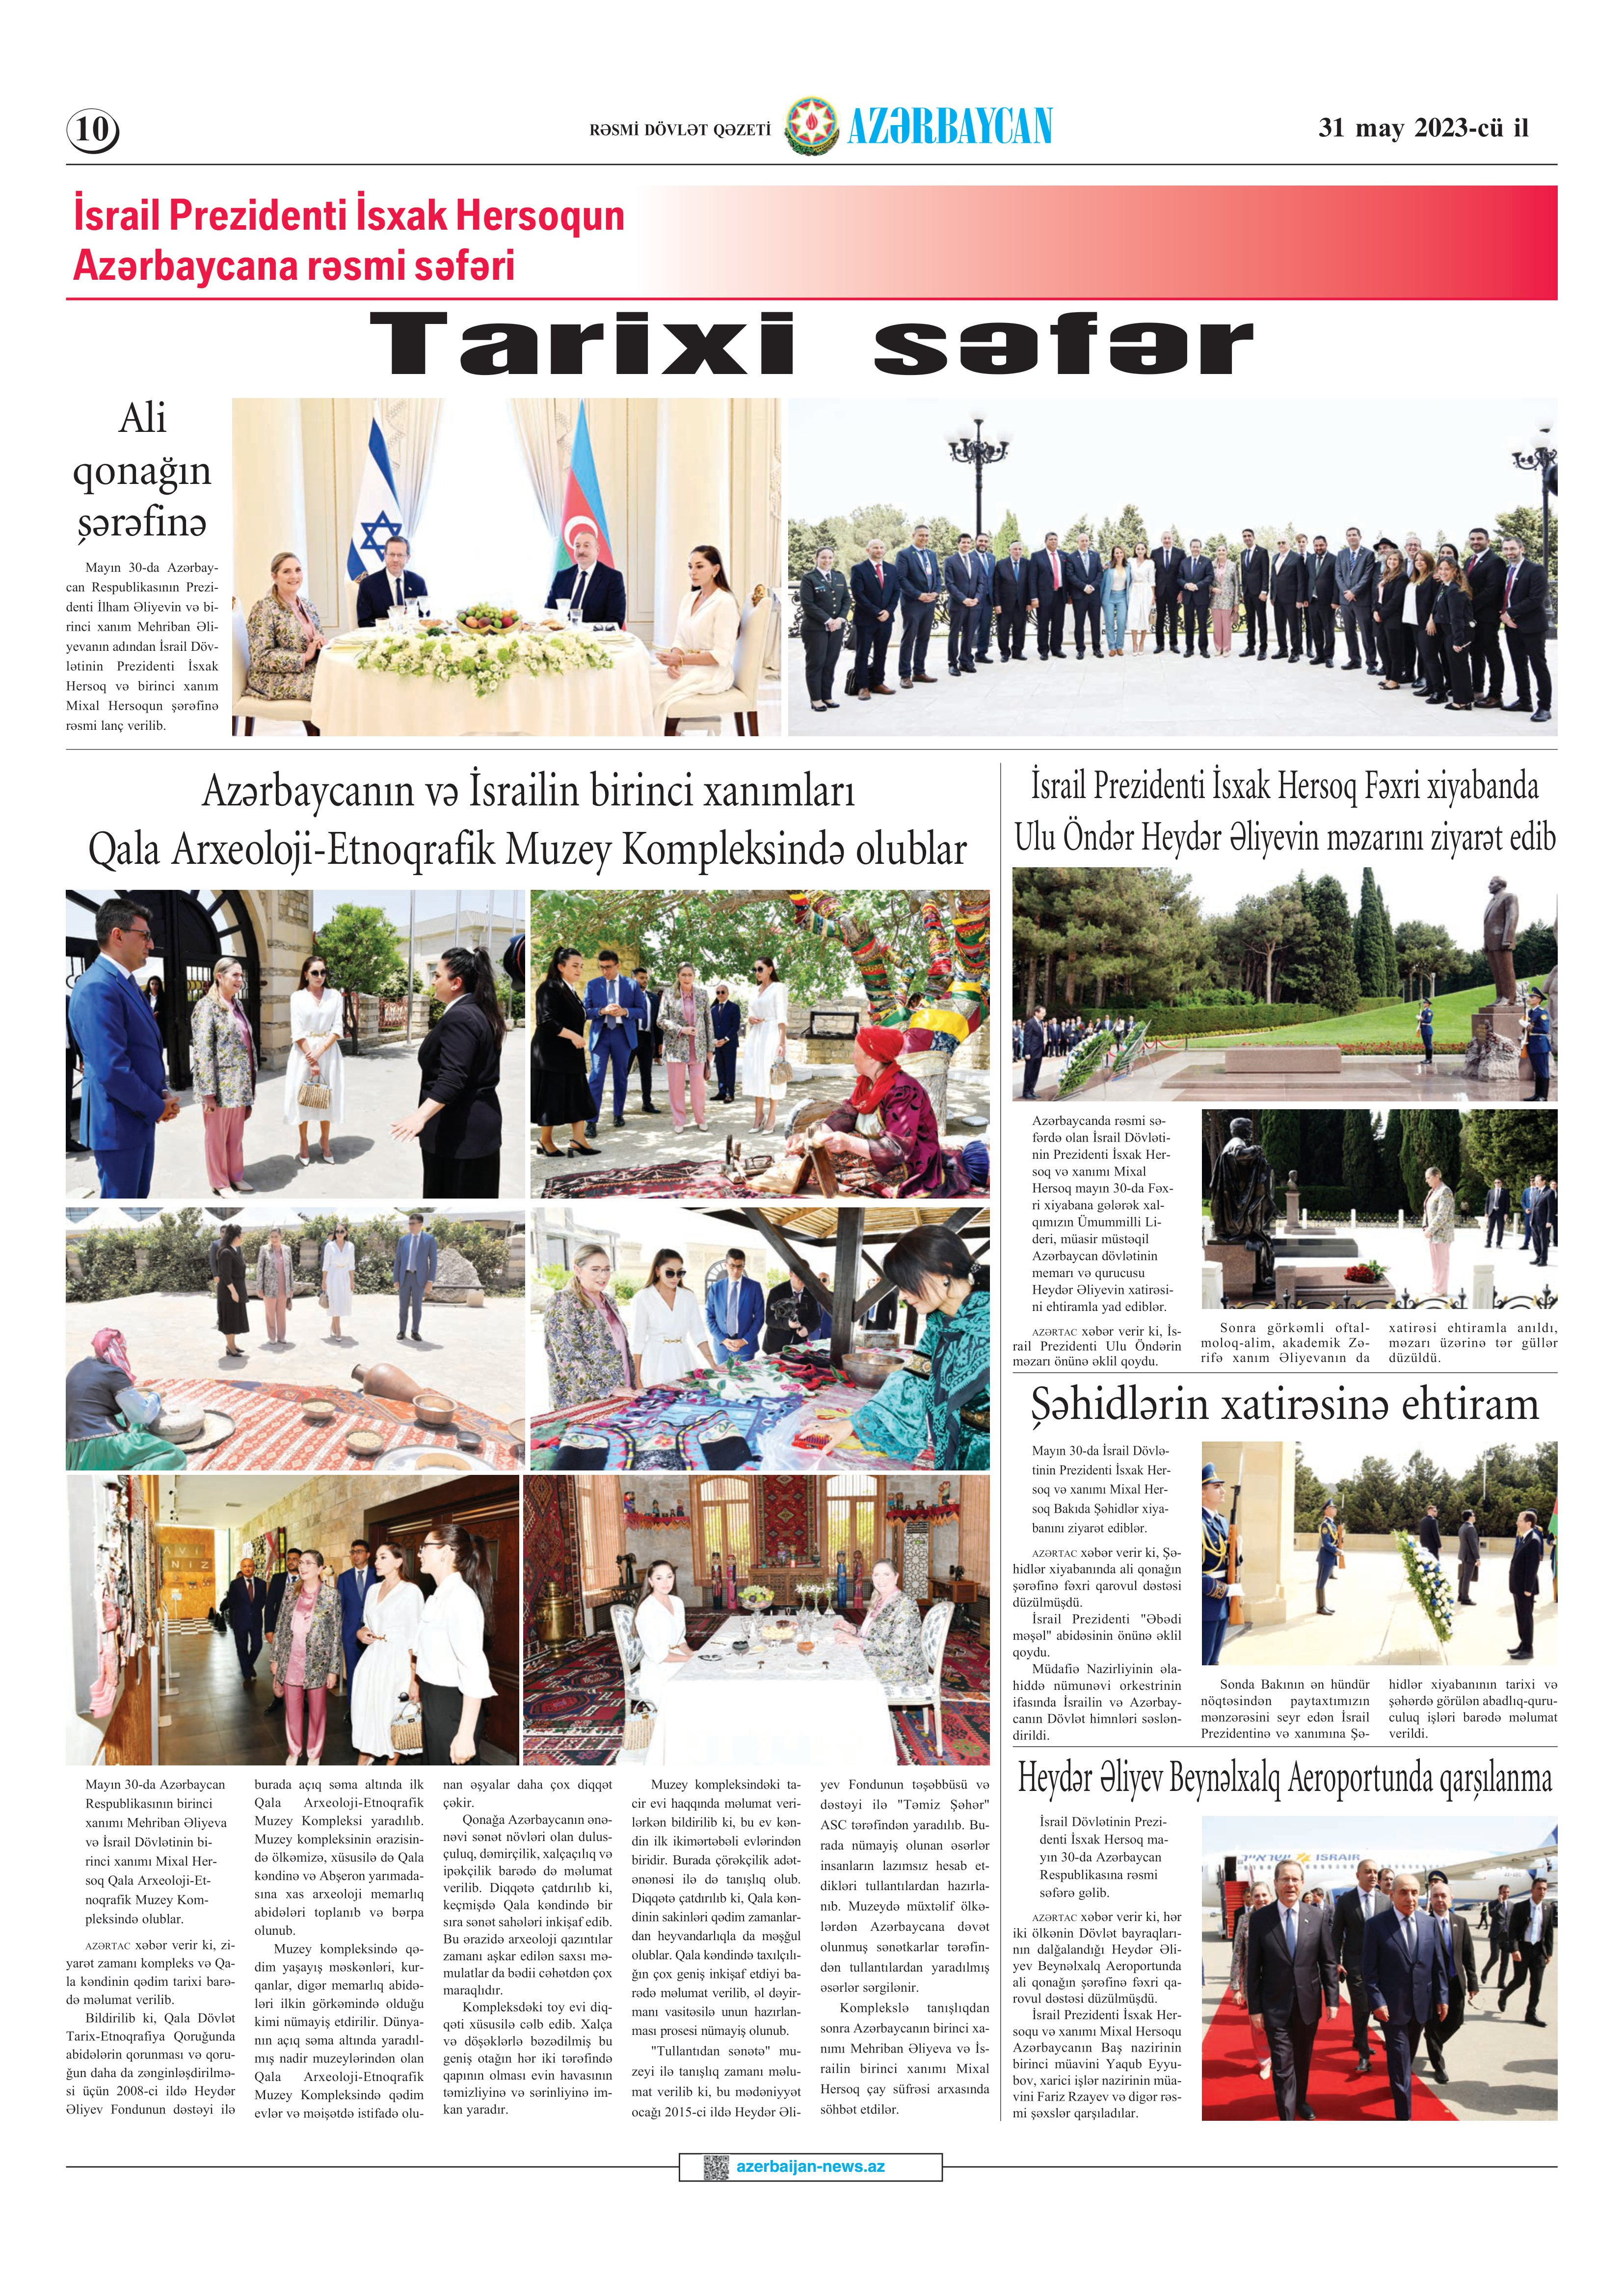
Language: az